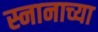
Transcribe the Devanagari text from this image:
स्नानाच्या